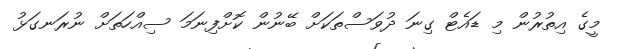
މީގެ އިތުރުން މި ޑައެޓް ގިނަ ދުވަސްތަކަށް ބޭނުން ކޮށްފިނަމަ ސިއްހަތަށް ނުރަނގަޅު